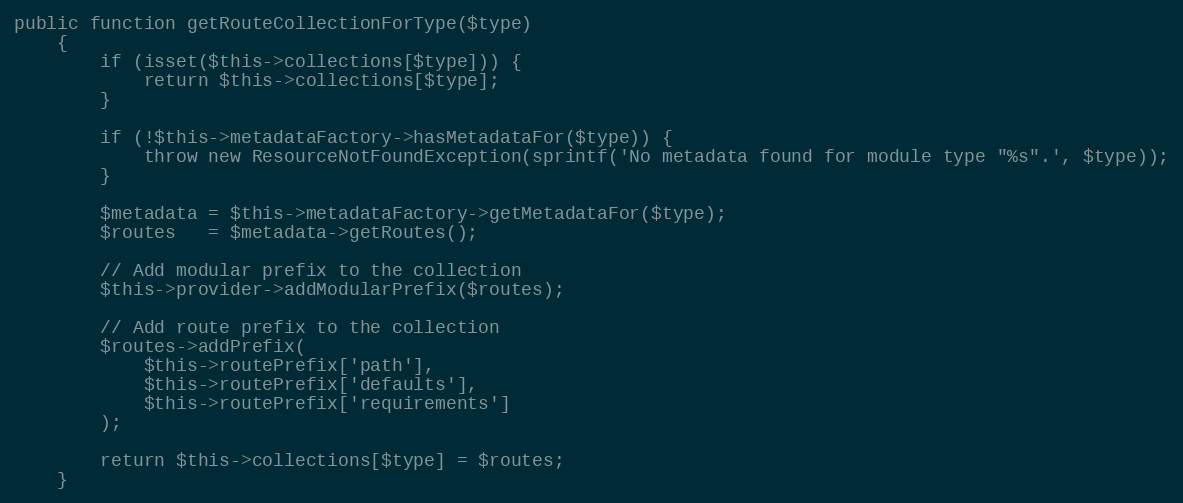
Language: PHP
public function getRouteCollectionForType($type)
    {
        if (isset($this->collections[$type])) {
            return $this->collections[$type];
        }

        if (!$this->metadataFactory->hasMetadataFor($type)) {
            throw new ResourceNotFoundException(sprintf('No metadata found for module type "%s".', $type));
        }

        $metadata = $this->metadataFactory->getMetadataFor($type);
        $routes   = $metadata->getRoutes();

        // Add modular prefix to the collection
        $this->provider->addModularPrefix($routes);

        // Add route prefix to the collection
        $routes->addPrefix(
            $this->routePrefix['path'],
            $this->routePrefix['defaults'],
            $this->routePrefix['requirements']
        );

        return $this->collections[$type] = $routes;
    }